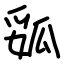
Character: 㼏